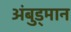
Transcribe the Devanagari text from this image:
अंबुड्मान